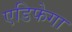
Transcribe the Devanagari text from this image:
एडिफेगा